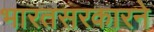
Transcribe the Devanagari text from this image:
भारतसरकारने